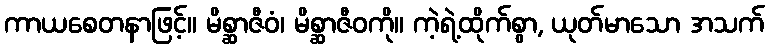
ကာယစေတနာဖြင့်။ မိစ္ဆာဇီဝံ၊ မိစ္ဆာဇီဝကို။ ကဲ့ရဲ့ထိုက်စွာ, ယုတ်မာသော အသက်